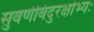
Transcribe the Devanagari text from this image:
सुवर्णबिंदुरक्षोभ्यः